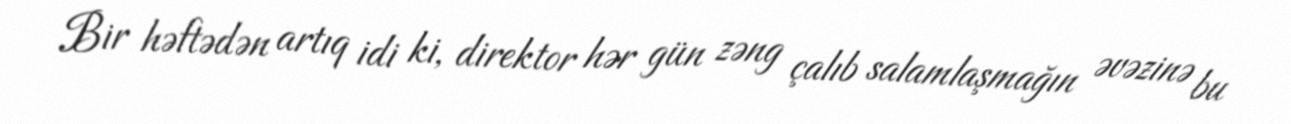
Bir həftədən artıq idi ki, direktor hər gün zəng çalıb salamlaşmağın əvəzinə bu